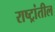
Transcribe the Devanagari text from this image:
राष्ट्रांतील